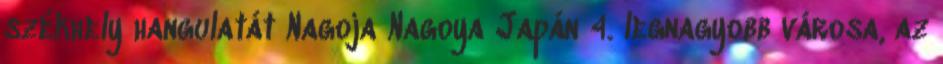
székhely hangulatát Nagoja Nagoya Japán 4. legnagyobb városa, az